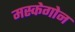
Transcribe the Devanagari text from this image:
मस्केगोन